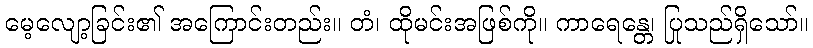
မေ့လျော့ခြင်း၏ အကြောင်းတည်း။ တံ၊ ထိုမင်းအဖြစ်ကို။ ကာရေန္တေ၊ ပြုသည်ရှိသော်။